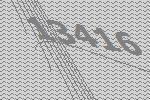
13416